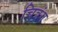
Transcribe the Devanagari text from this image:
चित्रंग